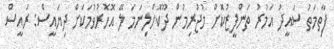
ފާތިމަތު ސައީދު އަމުރު ތަންފީޒުކޮށް މުޖުރިމުން ދޫކޮށްލިނަމަ ލޭ އޮހޮރުވުމަކަށް ދިޔައީސް: ރައީސް